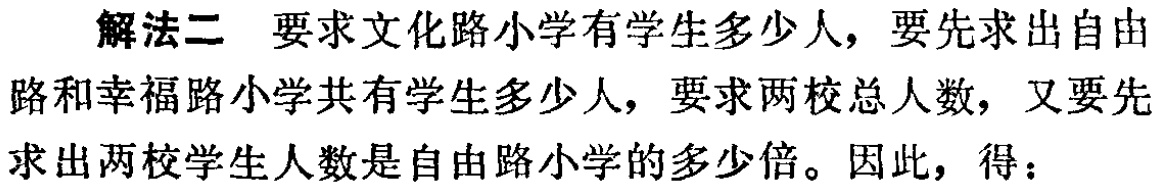
解法二 要求文化路小学有学生多少人，要先求出自由路和幸福路小学共有学生多少人，要求两校总人数，又要先求出两校学生人数是自由路小学的多少倍。因此，得：